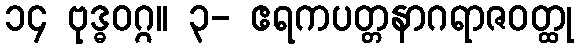
၁၄ ဗုဒ္ဓဝဂ္ဂ။ ၃- ဧရကပတ္တနာဂရာဇဝတ္ထု